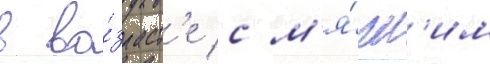
в во́зраст'е с м'я́гк'им